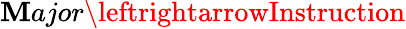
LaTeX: \mathbf{M}ajor\leftrightarrowInstruction